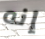
إنه